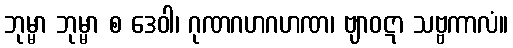
ဘုမ္မာ ဘုမ္မာ စ ဒေဝါ၊ ဂုဏဂဟဂဟဏ၊ ဗျာဝဋာ သဗ္ဗကာလံ။